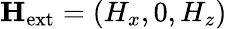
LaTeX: \mathbf{H}_{\mathrm{ext}}=(H_{x},0,H_{z})